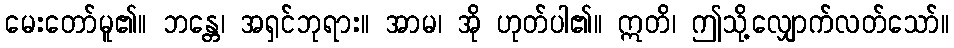
မေးတော်မူ၏။ ဘန္တေ၊ အရှင်ဘုရား။ အာမ၊ အို ဟုတ်ပါ၏။ ဣတိ၊ ဤသို့လျှောက်လတ်သော်။